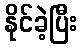
နိုင်ခဲ့ပြီး